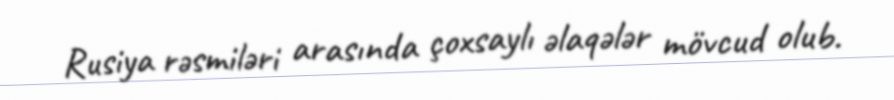
Rusiya rəsmiləri arasında çoxsaylı əlaqələr mövcud olub.